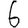
Digit: 6